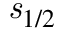
{ \mathit { s } } _ { 1 / 2 }